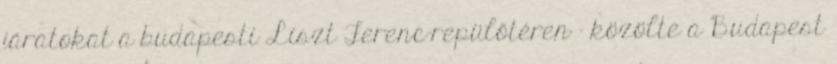
járatokat a budapesti Liszt Ferenc-repülőtéren - közölte a Budapest